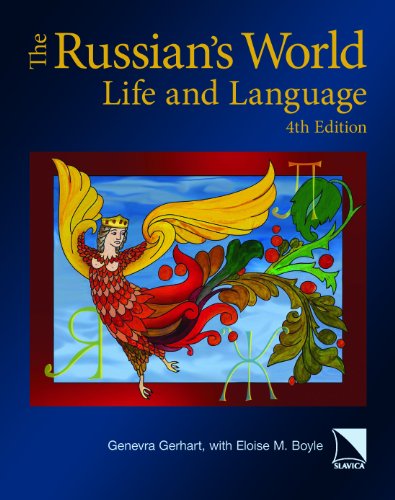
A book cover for The Russian's World: Life and Language, Fourth Edition; Genevra Gerhart; Reference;